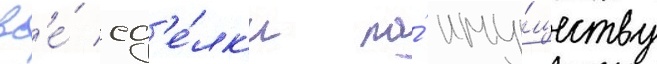
вс'е́ сд'е́лк'и по́ иму́ществу